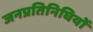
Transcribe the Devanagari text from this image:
जनप्रतिनिघियों